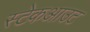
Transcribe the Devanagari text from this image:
स्टेकआउट